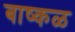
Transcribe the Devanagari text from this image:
बाष्कळ